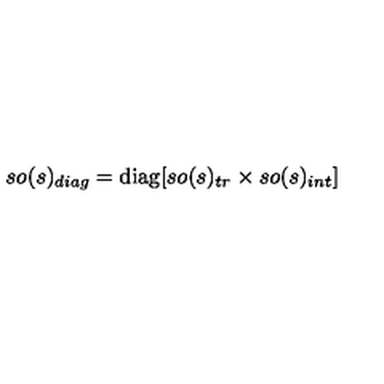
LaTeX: s o ( s ) _ { d i a g } = \mathrm { d i a g } [ s o ( s ) _ { t r } \times s o ( s ) _ { i n t } ]